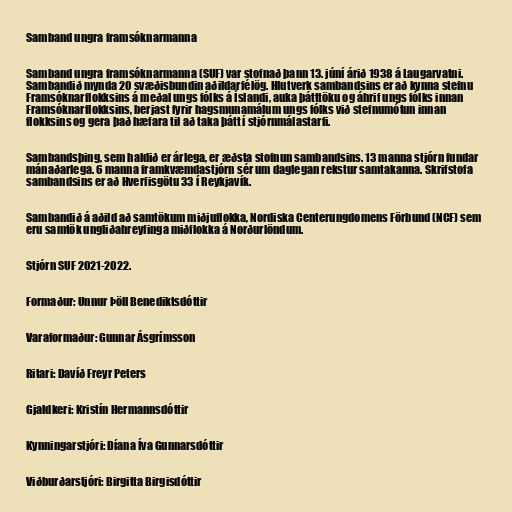
Samband ungra framsóknarmanna

Samband ungra framsóknarmanna (SUF) var stofnað þann 13. júní árið 1938 á Laugarvatni.
Sambandið mynda 20 svæðisbundin aðildarfélög. Hlutverk sambandsins er að kynna stefnu
Framsóknarflokksins á meðal ungs fólks á Íslandi, auka þátttöku og áhrif ungs fólks innan
Framsóknarflokksins, berjast fyrir hagsmunamálum ungs fólks við stefnumótun innan
flokksins og gera það hæfara til að taka þátt í stjórnmálastarfi.

Sambandsþing, sem haldið er árlega, er æðsta stofnun sambandsins. 13 manna stjórn fundar
mánaðarlega. 6 manna framkvæmdastjórn sér um daglegan rekstur samtakanna. Skrifstofa
sambandsins er að Hverfisgötu 33 í Reykjavík.

Sambandið á aðild að samtökum miðjuflokka, Nordiska Centerungdomens Förbund (NCF) sem
eru samtök ungliðahreyfinga miðflokka á Norðurlöndum.

Stjórn SUF 2021-2022.

Formaður: Unnur Þöll Benediktsdóttir

Varaformaður: Gunnar Ásgrímsson

Ritari: Davíð Freyr Peters

Gjaldkeri: Kristín Hermannsdóttir

Kynningarstjóri: Díana Íva Gunnarsdóttir

Viðburðarstjóri: Birgitta Birgisdóttir